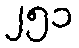
၂၅၁